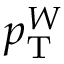
p _ { \mathrm { T } } ^ { W }